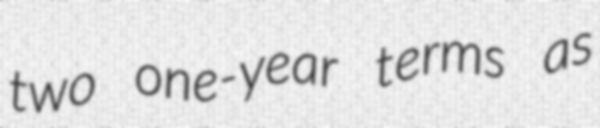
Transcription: two one-year terms as